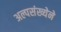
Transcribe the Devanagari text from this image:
अल्पसंख्येने